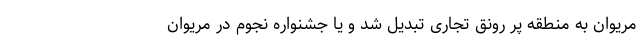
مریوان به منطقه پر رونق تجاری تبدیل شد و یا جشنواره نجوم در مریوان